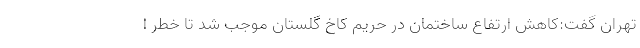
تهران گفت:کاهش ارتفاع ساختمان در حریم کاخ گلستان موجب شد تا خطر ا